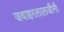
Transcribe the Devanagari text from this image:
जवाहरलालजींनी